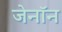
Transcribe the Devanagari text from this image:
जेनॉन